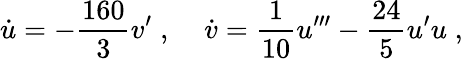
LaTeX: \dot{u}=-{\frac{160}{3}}v^{\prime}\; ,\; \; \; \; \dot{v}={\frac{1}{10}}u^{\prime\prime\prime}-{\frac{24}{5}}u^{\prime}u\; ,